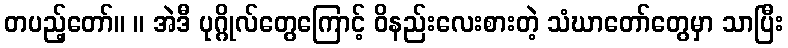
တပည့်တော်။ ။ အဲဒီ ပုဂ္ဂိုလ်တွေကြောင့် ဝိနည်းလေးစားတဲ့ သံဃာတော်တွေမှာ သာပြီး